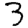
Digit: 3